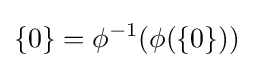
\{0\}=\phi ^{-1}(\phi (\{0\}))